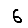
Digit: 6